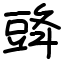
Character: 䜶